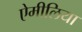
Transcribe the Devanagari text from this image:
ऐमीलिया